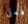
فعلى